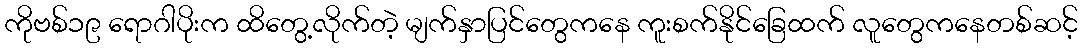
ကိုဗစ်၁၉ ရောဂါပိုးက ထိတွေ့လိုက်တဲ့ မျက်နှာပြင်တွေကနေ ကူးစက်နိုင်ခြေထက် လူတွေကနေတစ်ဆင့်